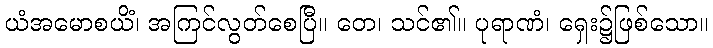
ယံအမောစယိံ၊ အကြင်လွတ်စေပြီ။ တေ၊ သင်၏။ ပုရာဏံ၊ ရှေး၌ဖြစ်သော။